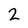
Character: 2